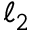
\ell _ { 2 }